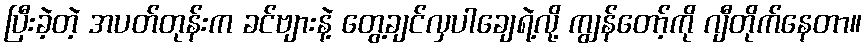
ပြီးခဲ့တဲ့ အပတ်တုန်းက ခင်ဗျားနဲ့ တွေ့ချင်လှပါချေရဲ့လို့ ကျွန်တော့်ကို ဂျီတိုက်နေတာ။